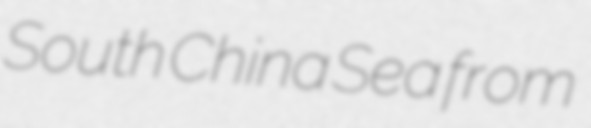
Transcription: South China Sea from